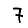
Digit: 7